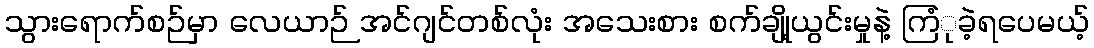
သွားရောက်စဉ်မှာ လေယာဉ် အင်ဂျင်တစ်လုံး အသေးစား စက်ချို့ယွင်းမှုနဲ့ ကြံုခဲ့ရပေမယ့်